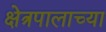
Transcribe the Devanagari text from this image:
क्षेत्रपालाच्या